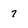
Character: 7